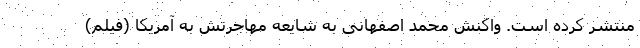
منتشر کرده است. واکنش محمد اصفهانی به شایعه مهاجرتش به آمریکا (فیلم)